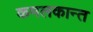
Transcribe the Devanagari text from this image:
कमलकान्‍त